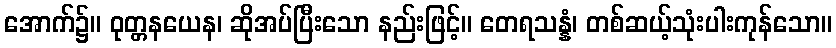
အောက်၌။ ဝုတ္တနယေန၊ ဆိုအပ်ပြီးသော နည်းဖြင့်။ တေရသန္နံ၊ တစ်ဆယ့်သုံးပါးကုန်သော။